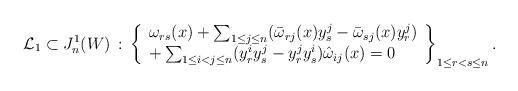
\begin{align*} \mathcal{L}_1\subset J^1_n(W)\,:\,\left\{ \begin{array}{l} \omega_{rs}(x)+\sum_{1\le j\le n}(\bar\omega_{rj}(x)y^j_s-\bar\omega_{sj}(x)y^j_r)\\ +\sum_{1\le i<j\le n}(y^i_ry^j_s-y^j_ry^i_s)\hat\omega_{ij}(x)=0\\ \end{array}\right\}_{1\le r<s\le n}.\end{align*}